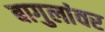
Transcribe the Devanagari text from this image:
बागुलांवर